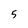
Character: 5